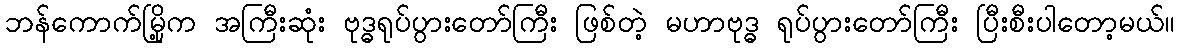
ဘန်ကောက်မြို့က အကြီးဆုံး ဗုဒ္ဓရုပ်ပွားတော်ကြီး ဖြစ်တဲ့ မဟာဗုဒ္ဓ ရုပ်ပွားတော်ကြီး ပြီးစီးပါတော့မယ်။